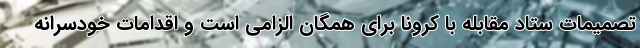
تصمیمات ستاد مقابله با کرونا برای همگان الزامی است و اقدامات خودسرانه